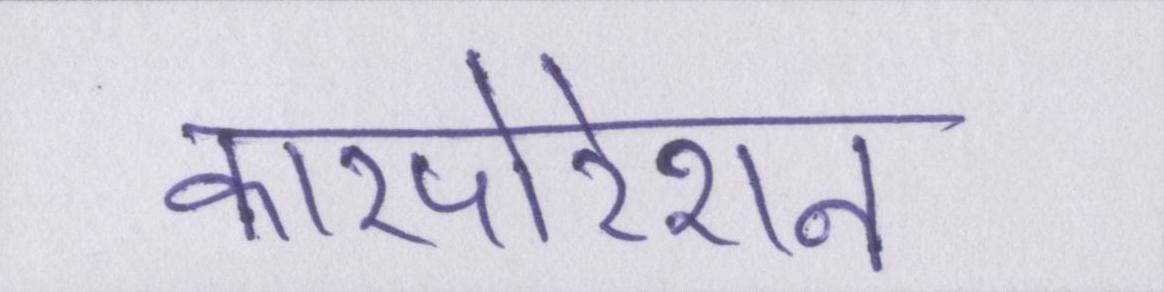
कारपोरेशन